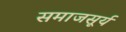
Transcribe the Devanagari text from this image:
समाजसूर्य